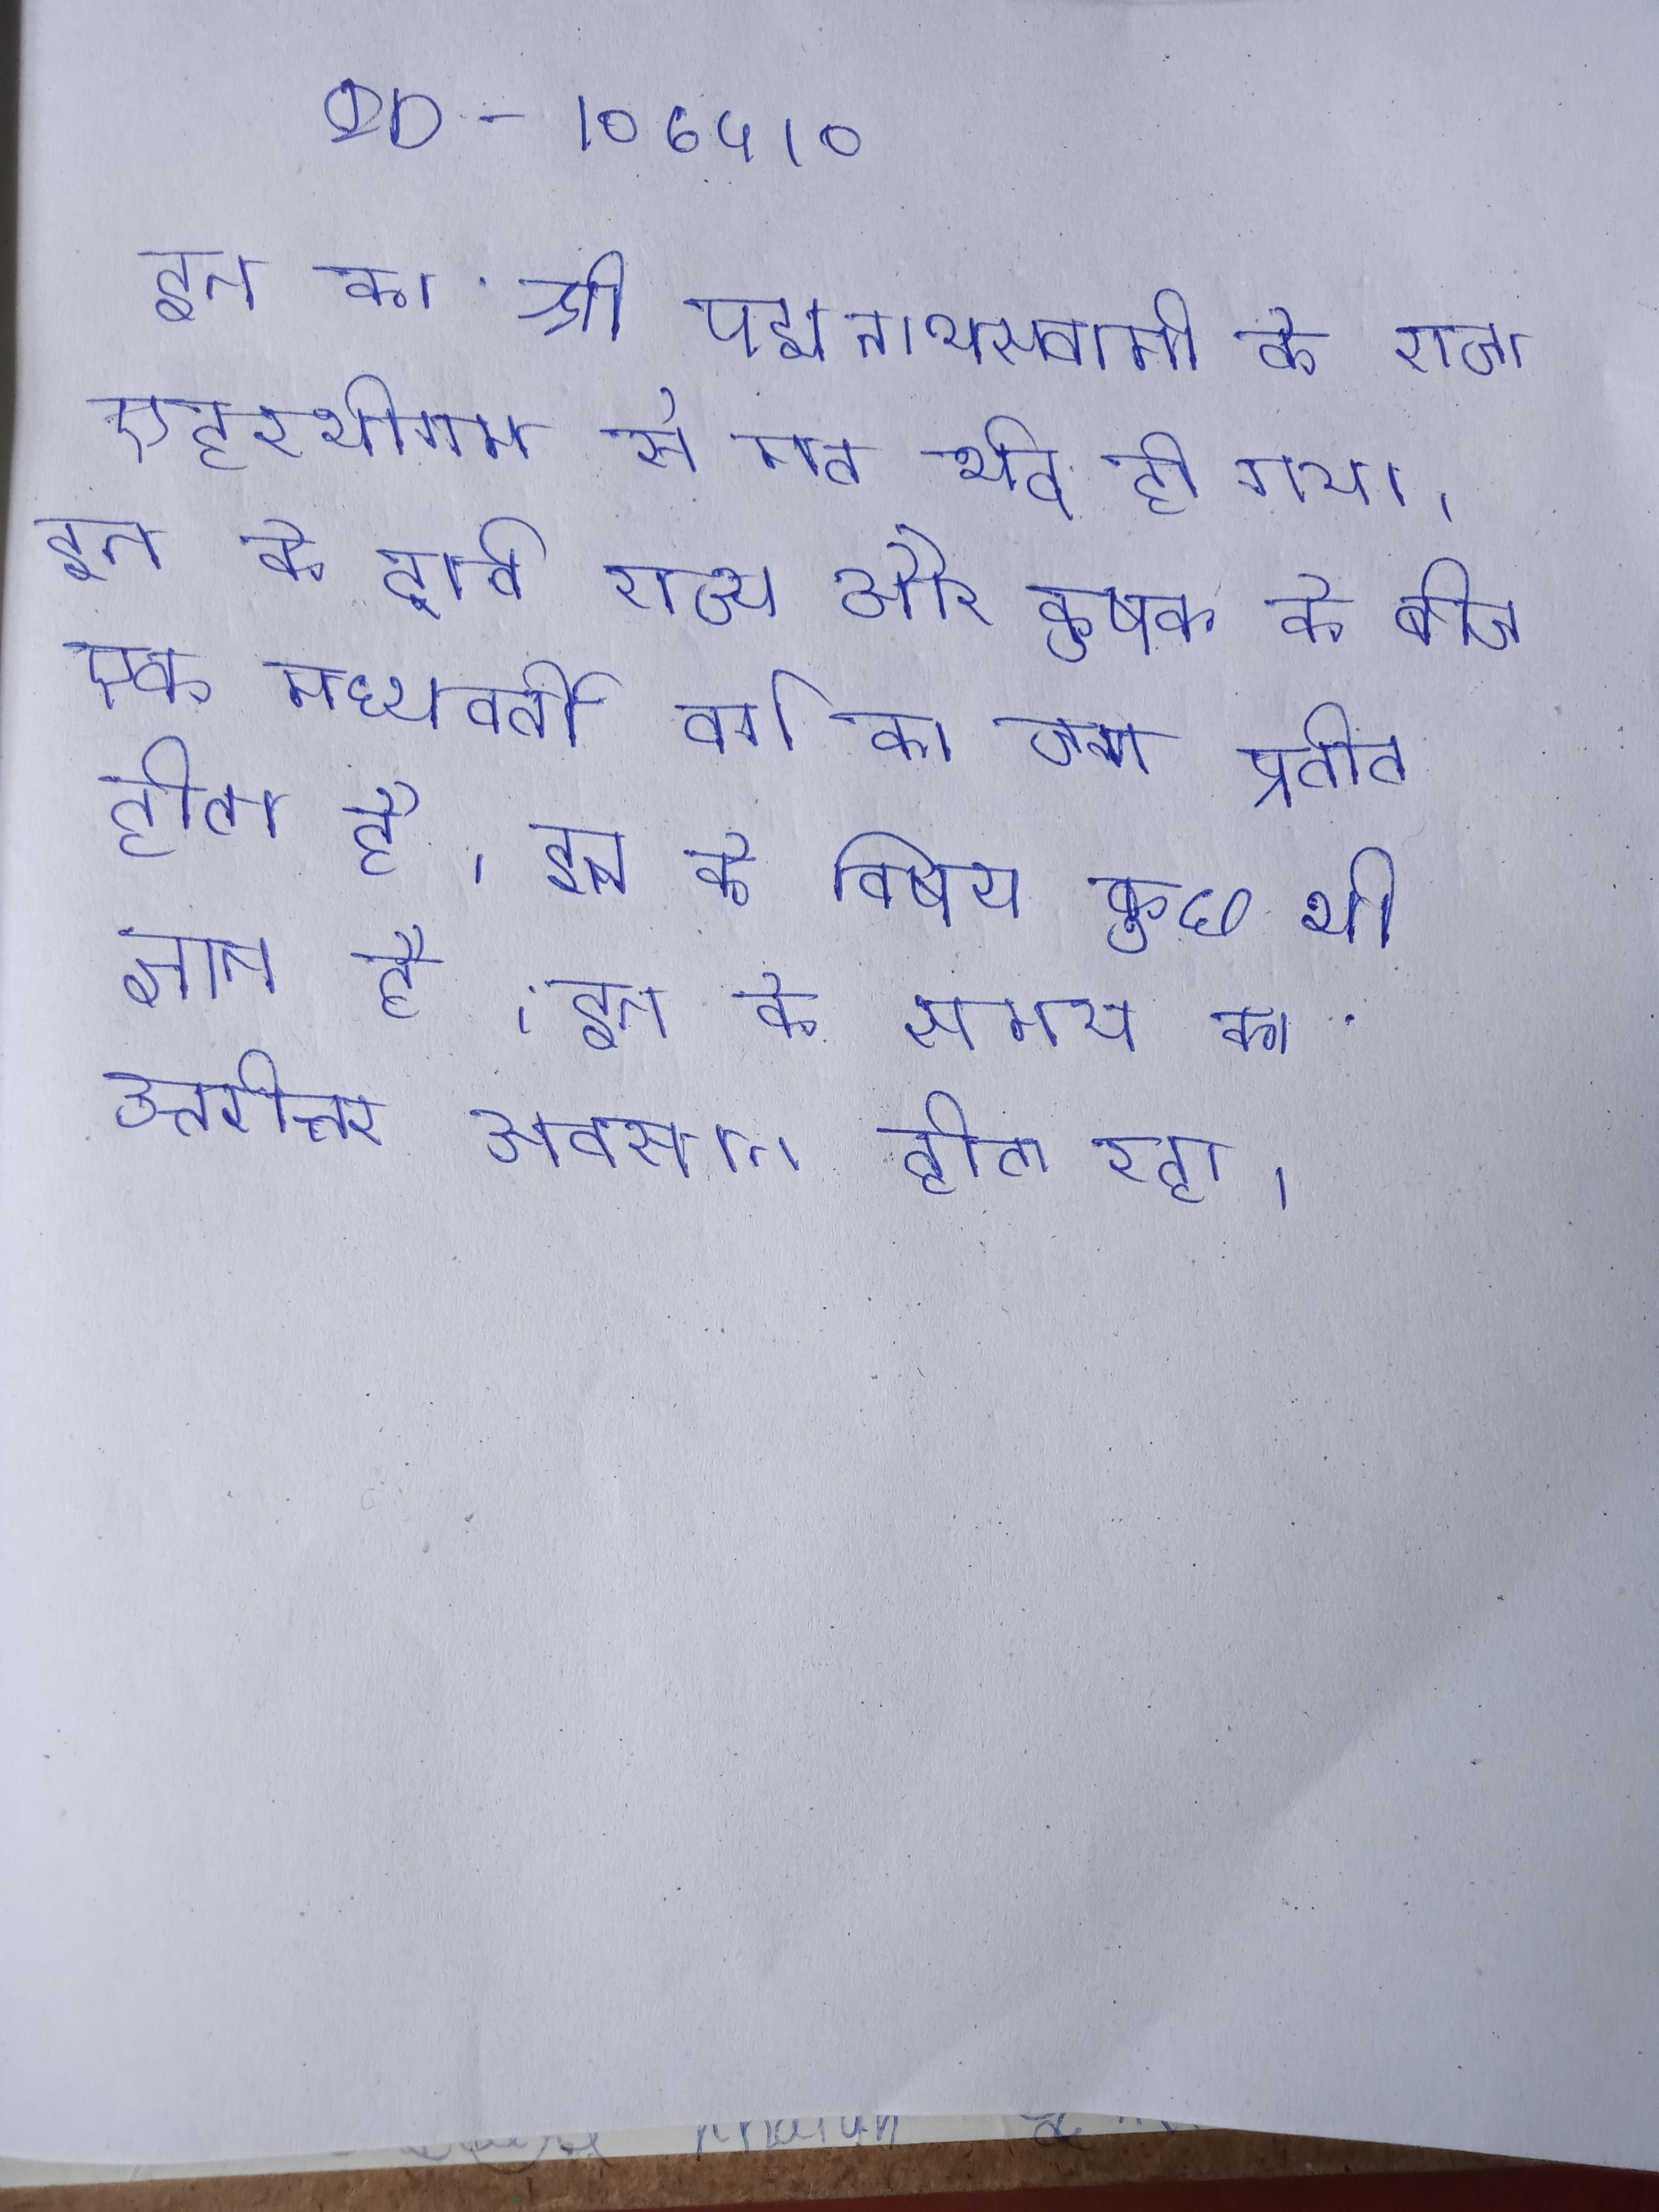
इन का श्री पद्मनाभस्वामी के राजा एट्टरयोगम से मत भेद हो गया । इन के दावे राज्य और कृषक के बीच एक मध्यवर्ती वर्ग का जन्म प्रतीत होता है । इन के विषय कुछ भी ज्ञात है । इन के समय का उत्तरोत्तर अवसान होता रहा ।